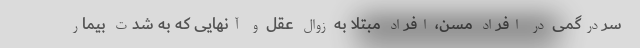
سردرگمی در افراد مسن، افراد مبتلا به زوال عقل و آنهایی که به شدت بیمار